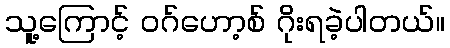
သူ့ကြောင့် ဝဂ်ဟော့စ် ဂိုးရခဲ့ပါတယ်။